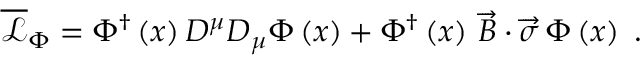
\begin{array} { r } { \overline { { \mathcal { L } } } _ { \Phi } = \Phi ^ { \dag } \left( x \right) D ^ { \mu } D _ { \mu } \Phi \left( x \right) + \Phi ^ { \dag } \left( x \right) \, \overrightarrow { B } \cdot \overrightarrow { \sigma } \, \Phi \left( x \right) \; . } \end{array}